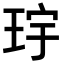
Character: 𪻝